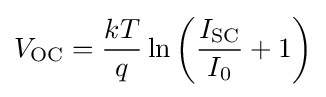
V_{\text{OC}}={\frac {kT}{q}}\ln \left({\frac {I_{\text{SC}}}{I_{0}}}+1\right)